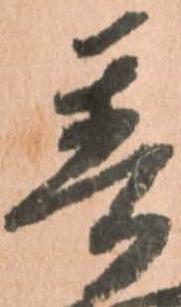
普